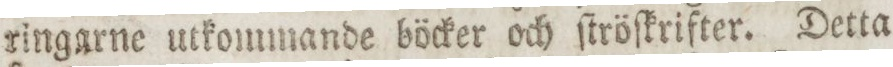
ringarne utkommande böcker och ſtröſkrifter. Detta